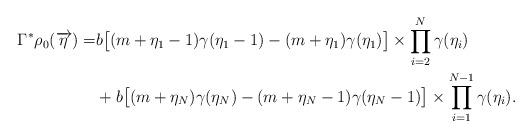
LaTeX: \begin{align*}\Gamma^*\rho_0(\overrightarrow{\eta})= & b\bigl[(m+\eta_1-1)\gamma(\eta_1-1)-(m+\eta_1)\gamma(\eta_1)\bigr]\times\prod_{i=2}^N\gamma(\eta_i)\\& +b\bigl[(m+\eta_N)\gamma(\eta_N)-(m+\eta_N-1)\gamma(\eta_{N}-1)\bigr]\times\prod_{i=1}^{N-1}\gamma(\eta_i). \end{align*}